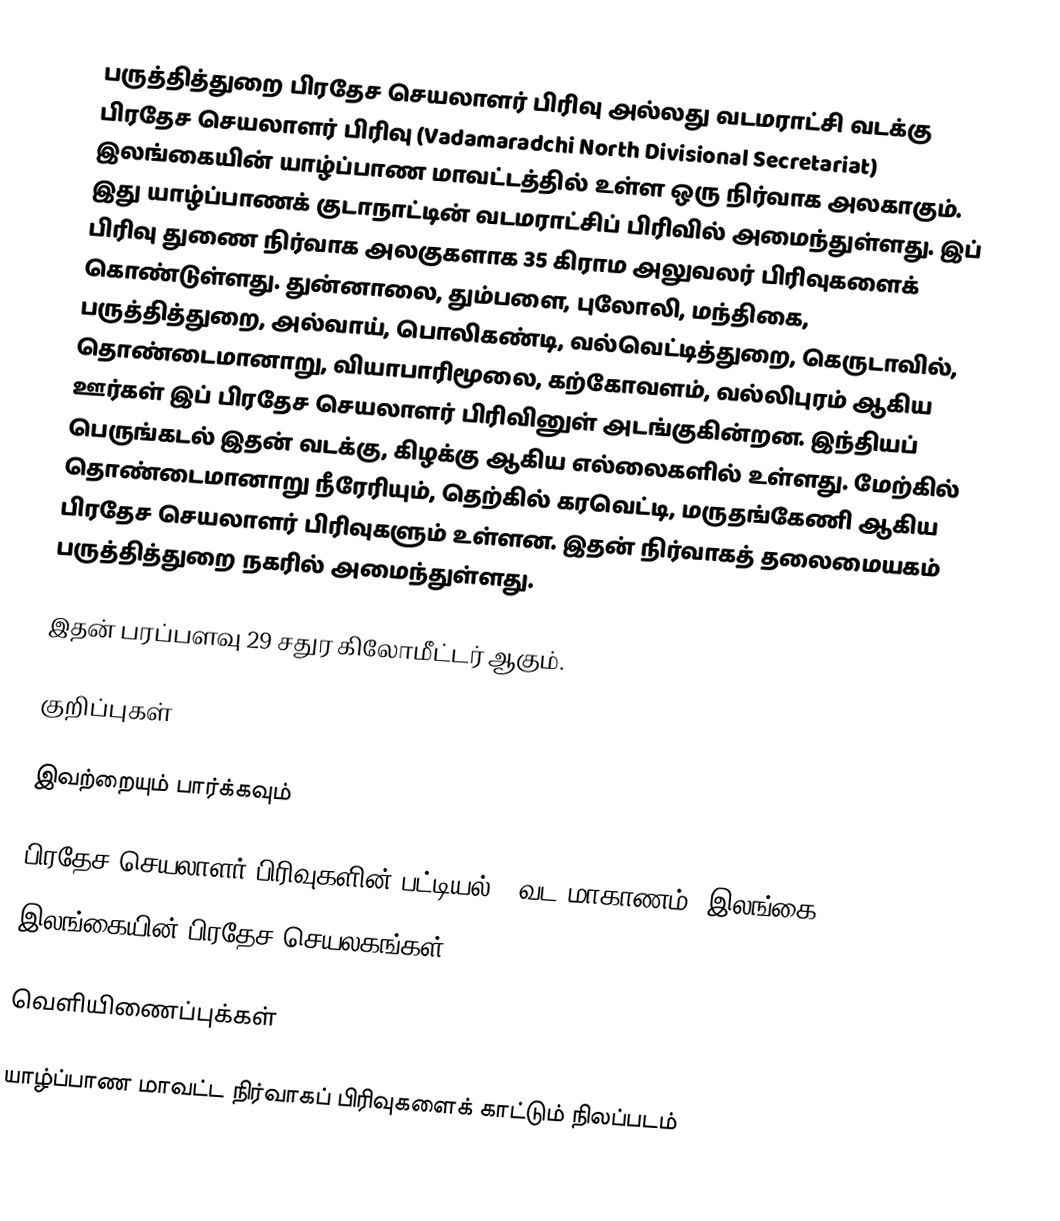
பருத்தித்துறை பிரதேச செயலாளர் பிரிவு அல்லது வடமராட்சி வடக்கு பிரதேச செயலாளர் பிரிவு (Vadamaradchi North Divisional Secretariat) இலங்கையின் யாழ்ப்பாண மாவட்டத்தில் உள்ள ஒரு நிர்வாக அலகாகும். இது யாழ்ப்பாணக் குடாநாட்டின் வடமராட்சிப் பிரிவில் அமைந்துள்ளது. இப் பிரிவு துணை நிர்வாக அலகுகளாக 35 கிராம அலுவலர் பிரிவுகளைக் கொண்டுள்ளது. துன்னாலை, தும்பளை, புலோலி, மந்திகை, பருத்தித்துறை, அல்வாய், பொலிகண்டி, வல்வெட்டித்துறை, கெருடாவில், தொண்டைமானாறு, வியாபாரிமூலை, கற்கோவளம், வல்லிபுரம் ஆகிய ஊர்கள் இப் பிரதேச செயலாளர் பிரிவினுள் அடங்குகின்றன. இந்தியப் பெருங்கடல் இதன் வடக்கு, கிழக்கு ஆகிய எல்லைகளில் உள்ளது. மேற்கில் தொண்டைமானாறு நீரேரியும், தெற்கில் கரவெட்டி, மருதங்கேணி ஆகிய பிரதேச செயலாளர் பிரிவுகளும் உள்ளன. இதன் நிர்வாகத் தலைமையகம் பருத்தித்துறை நகரில் அமைந்துள்ளது.

இதன் பரப்பளவு 29 சதுர கிலோமீட்டர் ஆகும்.

குறிப்புகள்

இவற்றையும் பார்க்கவும்

 பிரதேச செயலாளர் பிரிவுகளின் பட்டியல் - வட மாகாணம், இலங்கை
 இலங்கையின் பிரதேச செயலகங்கள்

வெளியிணைப்புக்கள்

 யாழ்ப்பாண மாவட்ட நிர்வாகப் பிரிவுகளைக் காட்டும் நிலப்படம்